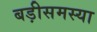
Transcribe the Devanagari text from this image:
बड़ीसमस्या